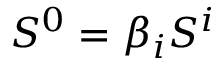
S ^ { 0 } = \beta _ { i } S ^ { i }